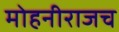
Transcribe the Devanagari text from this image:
मोहनीराजच